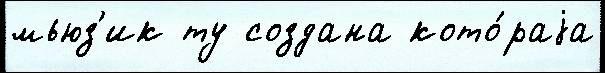
мьюз'ик ту создана кото́раjа